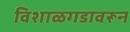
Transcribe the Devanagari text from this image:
विशाळगडावरून